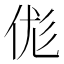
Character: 𠈵